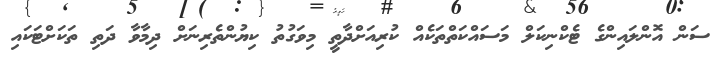
ސަން އޮންލައިންގެ ޓެކްނިކަލް މަސައްކަތްތަކެއް ކުރިއަށްދާތީ މިވަގުތު ކިޔުންތެރިނަށް ދިމާވާ ދަތި ތަކަށްޓަކައި